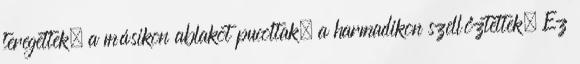
teregettek, a másikon ablakot pucoltak, a harmadikon szellőztettek. Ez